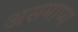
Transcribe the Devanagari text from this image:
असमाप्य